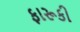
ફારૂકી